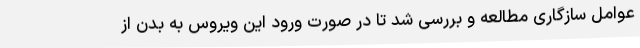
عوامل سازگاری مطالعه و بررسی شد تا در صورت ورود این ویروس به بدن از